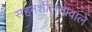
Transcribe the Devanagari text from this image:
सहनशीलतावाले